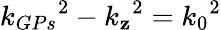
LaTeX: {k_{GPs}}^{2}-{k_{\mathbf{z}}}^{2}={k_{0}}^{2}